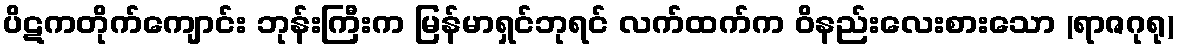
ပိဋကတိုက်ကျောင်း ဘုန်းကြီးက မြန်မာရှင်ဘုရင် လက်ထက်က ဝိနည်းလေးစားသော (ရာဇဂုရု)